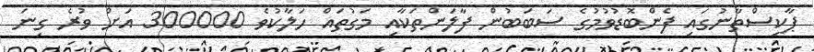
ޕާކިސްތާނުގައި ފެންބޮޑުވުމުގެ ސަބަބުން ފާލަންތަކާއި މަގުތައް ހަލާކުވެ 300000 އަށް ވުރެ ގިނަ